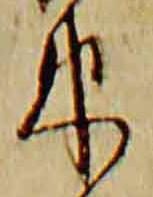
束